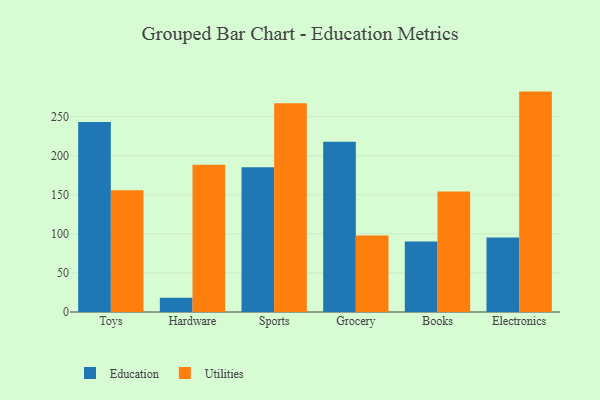
{"axis": {"x": "Category", "y": "Production Output"}, "legend": ["Education", "Utilities"], "data": [{"x": "Toys", "y": 243.0, "type": "Education"}, {"x": "Toys", "y": 155.7, "type": "Utilities"}, {"x": "Hardware", "y": 18.1, "type": "Education"}, {"x": "Hardware", "y": 188.5, "type": "Utilities"}, {"x": "Sports", "y": 185.3, "type": "Education"}, {"x": "Sports", "y": 267.0, "type": "Utilities"}, {"x": "Grocery", "y": 217.8, "type": "Education"}, {"x": "Grocery", "y": 97.8, "type": "Utilities"}, {"x": "Books", "y": 90.1, "type": "Education"}, {"x": "Books", "y": 154.2, "type": "Utilities"}, {"x": "Electronics", "y": 95.3, "type": "Education"}, {"x": "Electronics", "y": 282.0, "type": "Utilities"}]}